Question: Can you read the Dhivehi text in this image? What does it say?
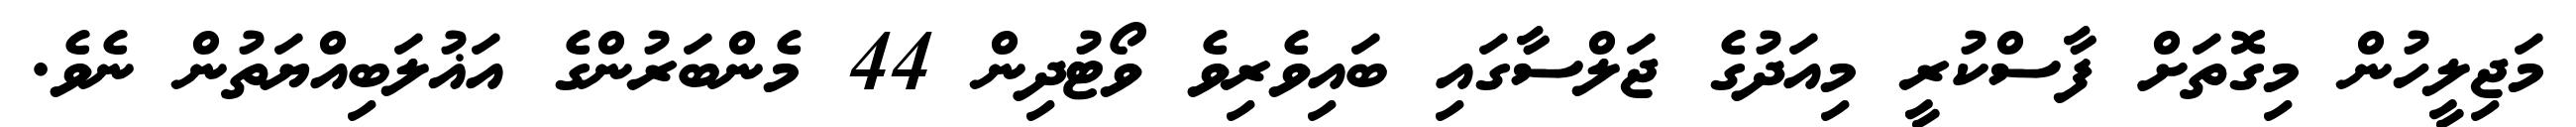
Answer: މަޖިލީހުން މިގޮތަށް ފާސްކުރީ މިއަދުގެ ޖަލްސާގައި ބައިވެރިވެ ވޯޓުދިން 44 މެންބަރުންގެ އަޣުލަބިއްޔަތުން ނެވެ.